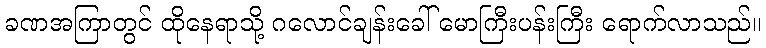
ခဏအကြာတွင် ထိုနေရာသို့ ဂလောင်ချန်းခေါ် မောကြီးပန်းကြီး ရောက်လာသည်။